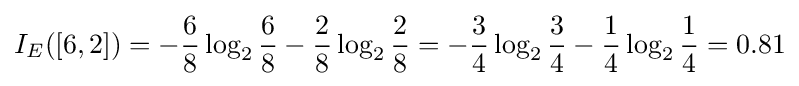
I_{E}([6,2])=-{\frac {6}{8}}\log _{2}{\frac {6}{8}}-{\frac {2}{8}}\log _{2}{\frac {2}{8}}=-{\frac {3}{4}}\log _{2}{\frac {3}{4}}-{\frac {1}{4}}\log _{2}{\frac {1}{4}}=0.81